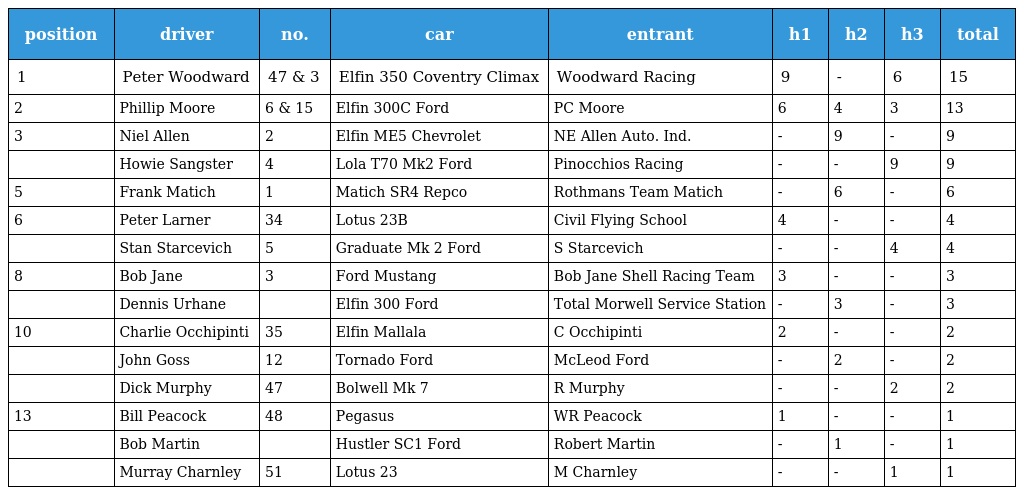
| position | driver | no. | car | entrant | h1 | h2 | h3 | total |
 | --- | --- | --- | --- | --- | --- | --- | --- | --- |
 | 1 | Peter Woodward | 47 & 3 | Elfin 350 Coventry Climax | Woodward Racing | 9 | - | 6 | 15 |
 | 2 | Phillip Moore | 6 & 15 | Elfin 300C Ford | PC Moore | 6 | 4 | 3 | 13 |
 | 3 | Niel Allen | 2 | Elfin ME5 Chevrolet | NE Allen Auto. Ind. | - | 9 | - | 9 |
 |  | Howie Sangster | 4 | Lola T70 Mk2 Ford | Pinocchios Racing | - | - | 9 | 9 |
 | 5 | Frank Matich | 1 | Matich SR4 Repco | Rothmans Team Matich | - | 6 | - | 6 |
 | 6 | Peter Larner | 34 | Lotus 23B | Civil Flying School | 4 | - | - | 4 |
 |  | Stan Starcevich | 5 | Graduate Mk 2 Ford | S Starcevich | - | - | 4 | 4 |
 | 8 | Bob Jane | 3 | Ford Mustang | Bob Jane Shell Racing Team | 3 | - | - | 3 |
 |  | Dennis Urhane |  | Elfin 300 Ford | Total Morwell Service Station | - | 3 | - | 3 |
 | 10 | Charlie Occhipinti | 35 | Elfin Mallala | C Occhipinti | 2 | - | - | 2 |
 |  | John Goss | 12 | Tornado Ford | McLeod Ford | - | 2 | - | 2 |
 |  | Dick Murphy | 47 | Bolwell Mk 7 | R Murphy | - | - | 2 | 2 |
 | 13 | Bill Peacock | 48 | Pegasus | WR Peacock | 1 | - | - | 1 |
 |  | Bob Martin |  | Hustler SC1 Ford | Robert Martin | - | 1 | - | 1 |
 |  | Murray Charnley | 51 | Lotus 23 | M Charnley | - | - | 1 | 1 |